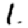
Digit: 1